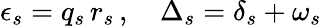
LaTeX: \epsilon_{s}=q_{s}\, r_{s}\, ,\quad\Delta_{s}=\delta_{s}+\omega_{s}